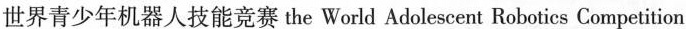
世界青少年机器人技能竞赛the World Adolescent Robotics Competition